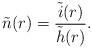
LaTeX: \begin{align*}\tilde{n}(r) = \frac{\tilde{i}(r)}{\tilde{h}(r)}.\end{align*}